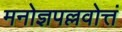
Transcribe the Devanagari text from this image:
मनोज्ञपल्लवोत्तं